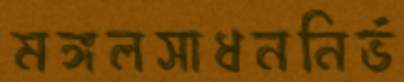
মঙ্গলসাধননির্ভ